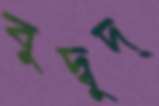
বুদ্বুদ্